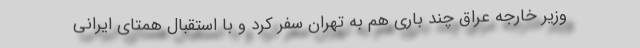
وزیر خارجه عراق چند باری هم به تهران سفر کرد و با استقبال همتای ایرانی